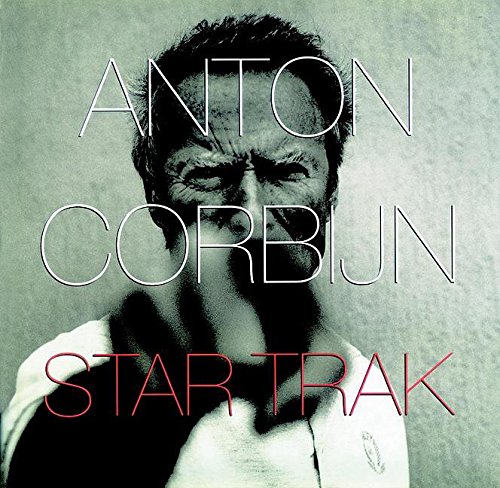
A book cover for Anton Corbijn: Star Trak; Anton Corbijn; Arts & Photography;